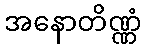
အနောတိဏ္ဏံ